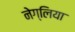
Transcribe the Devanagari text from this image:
नेग्लिया